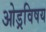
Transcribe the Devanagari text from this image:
ओड्रविषय